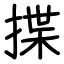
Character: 揲